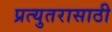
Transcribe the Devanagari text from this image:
प्रत्युतरासाठी